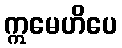
ဣမေဟိပေ